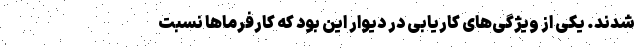
شدند. یکی از ویژگی‌های کاریابی در دیوار این بود که کارفرماها نسبت